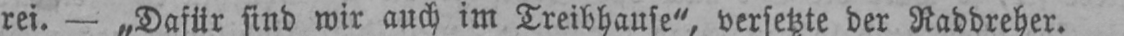
rei. - „Dafür sind wir auch im Treibhause“, versetzte der Raddreher.